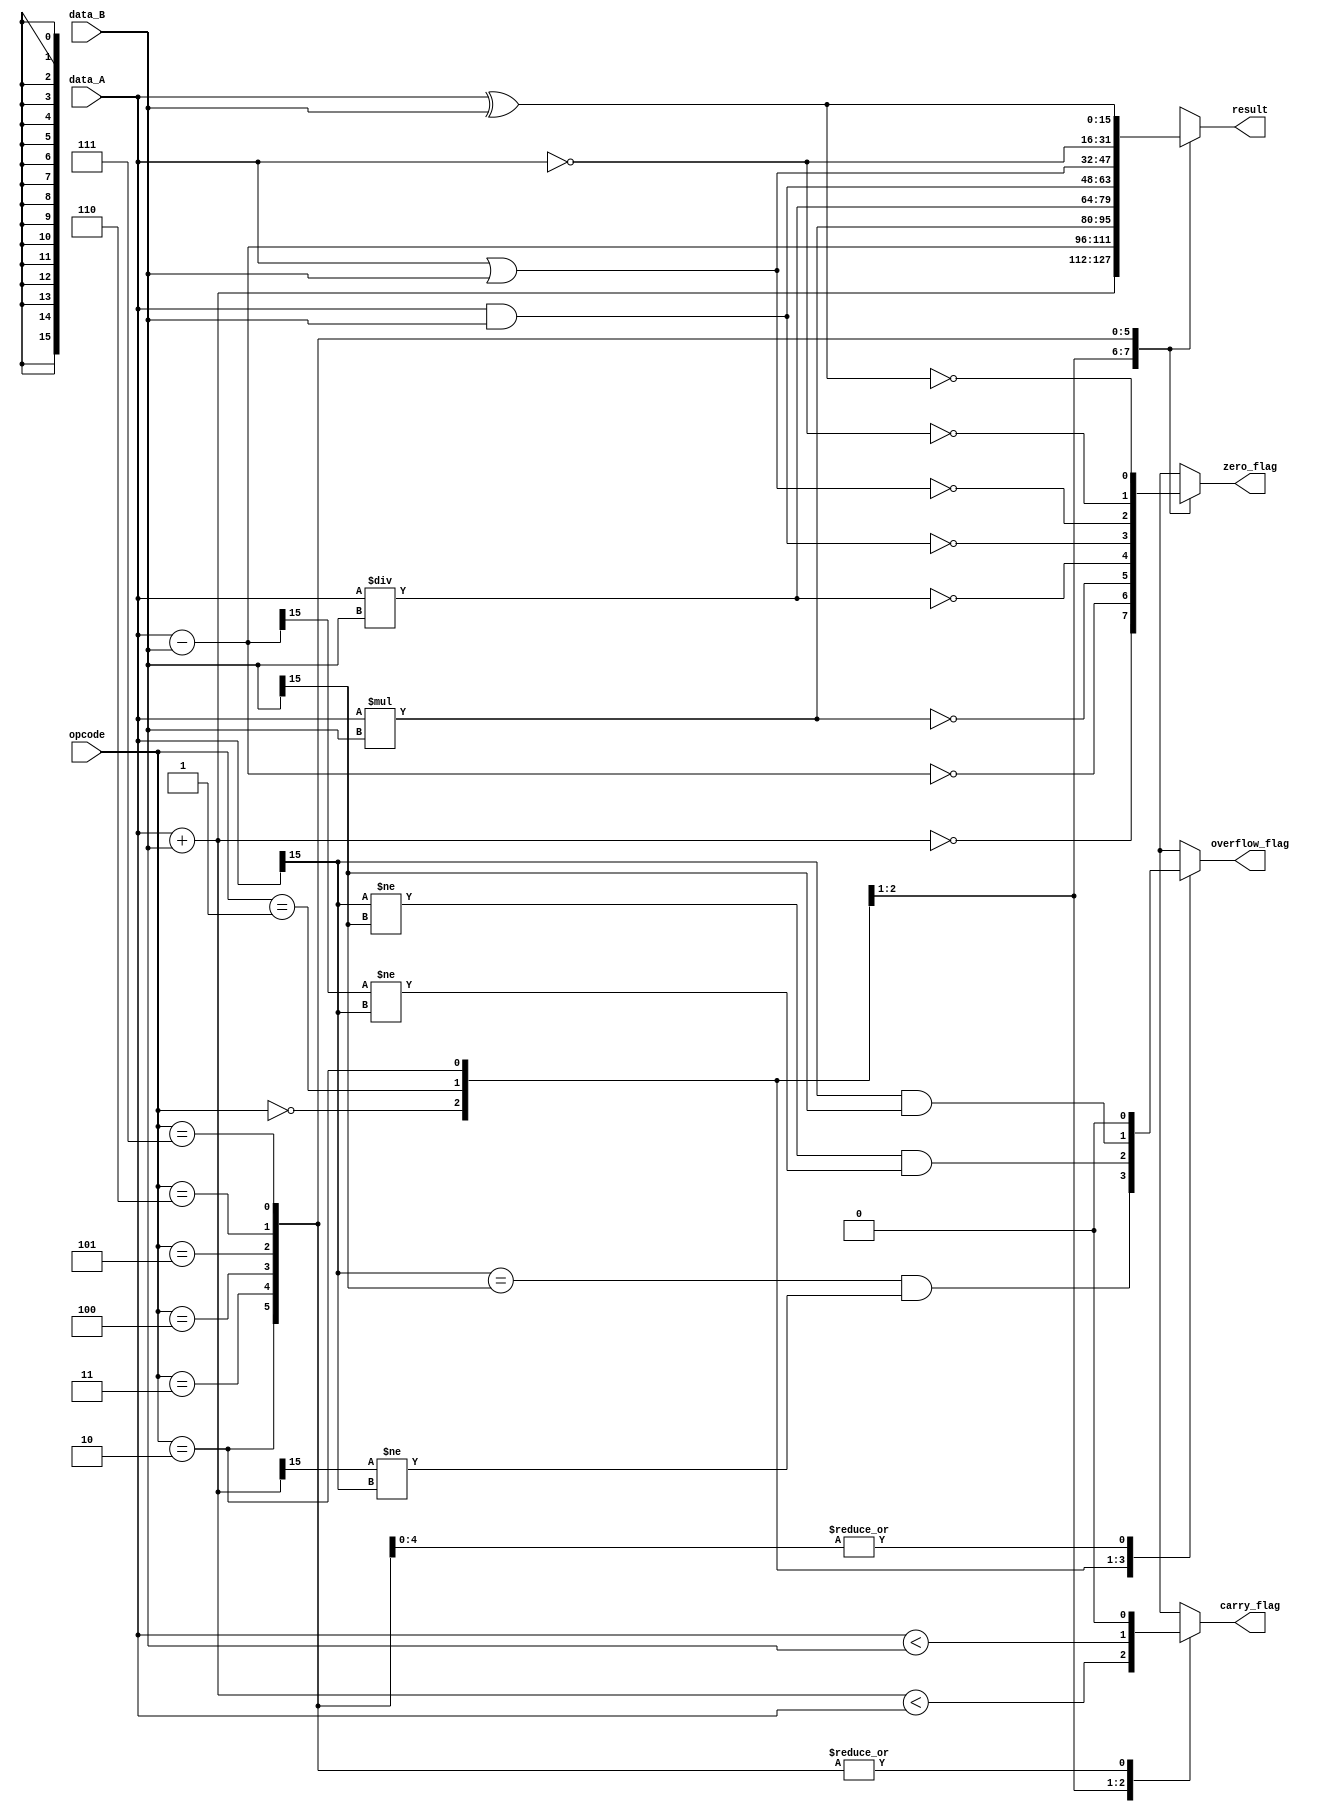
module ALU(
    input [15:0] data_A,
    input [15:0] data_B,
    input [2:0] opcode,
    output reg [15:0] result,
    output reg zero_flag,
    output reg carry_flag,
    output reg overflow_flag
);

always @(*) begin
    case(opcode)
        3'b000: // addition
            begin
                result = data_A + data_B;
                zero_flag = (result == 16'b0);
                carry_flag = (result < data_A);
                overflow_flag = (data_A[15] == data_B[15]) && (result[15] != data_A[15]);
            end
        3'b001: // subtraction
            begin
                result = data_A - data_B;
                zero_flag = (result == 16'b0);
                carry_flag = (data_A < data_B);
                overflow_flag = (data_A[15] != data_B[15]) && (result[15] != data_A[15]);
            end
        3'b010: // multiplication
            begin
                result = data_A * data_B;
                zero_flag = (result == 16'b0);
                carry_flag = 16'b0;
                overflow_flag = (data_A[15] == 1'b1) && (data_B[15] == 1'b1);
            end
        3'b011: // division
            begin
                result = data_A / data_B;
                zero_flag = (result == 16'b0);
                carry_flag = 16'b0;
                overflow_flag = 16'b0;
            end
        3'b100: // AND
            begin
                result = data_A & data_B;
                zero_flag = (result == 16'b0);
                carry_flag = 16'b0;
                overflow_flag = 16'b0;
            end
        3'b101: // OR
            begin
                result = data_A | data_B;
                zero_flag = (result == 16'b0);
                carry_flag = 16'b0;
                overflow_flag = 16'b0;
            end
        3'b110: // NOT
            begin
                result = ~data_A;
                zero_flag = (result == 16'b0);
                carry_flag = 16'b0;
                overflow_flag = 16'b0;
            end
        3'b111: // XOR
            begin
                result = data_A ^ data_B;
                zero_flag = (result == 16'b0);
                carry_flag = 16'b0;
                overflow_flag = 16'b0;
            end
        default: 
            begin
                result = 16'b0;
                zero_flag = 1'b1;
                carry_flag = 1'b0;
                overflow_flag = 1'b0;
            end
    endcase
end

endmodule